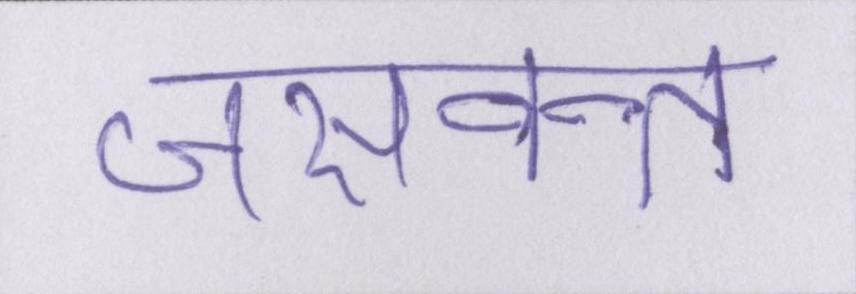
जसवन्त